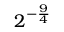
2 ^ { - { \frac { 9 } { 4 } } }